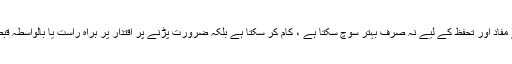
اور وہ ملک و قوم کے مفاد اور تحفظ کے لیے نہ صرف بہتر سوچ سکتا ہے ، کام کر سکتا ہے بلکہ ضرورت پڑنے پر اقتدار پر براہ راست یا بالواسطہ قبضہ بھی کر سکتا ہے ۔